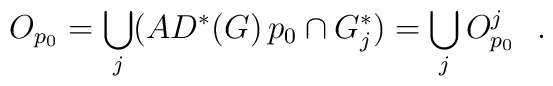
O_{p_{0}}=\bigcup_{j}(AD^{*}(G)\,p_{0}\cap G^{*}_{j})=\bigcup_{j}O^{j}_{p_{0}}\ \ .